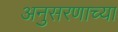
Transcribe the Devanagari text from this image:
अनुसरणाच्या